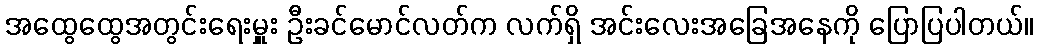
အထွေထွေအတွင်းရေးမှူး ဦးခင်မောင်လတ်က လက်ရှိ အင်းလေးအခြေအနေကို ပြောပြပါတယ်။